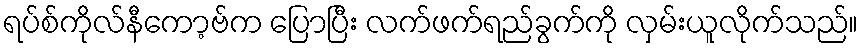
ရပ်စ်ကိုလ်နီကော့ဗ်က ပြောပြီး လက်ဖက်ရည်ခွက်ကို လှမ်းယူလိုက်သည်။